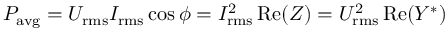
P _ { \mathrm { { a v g } } } = U _ { \mathrm { r m s } } I _ { \mathrm { r m s } } \cos \phi = I _ { \mathrm { r m s } } ^ { 2 } \operatorname { R e } ( Z ) = U _ { \mathrm { r m s } } ^ { 2 } \operatorname { R e } ( Y ^ { * } )